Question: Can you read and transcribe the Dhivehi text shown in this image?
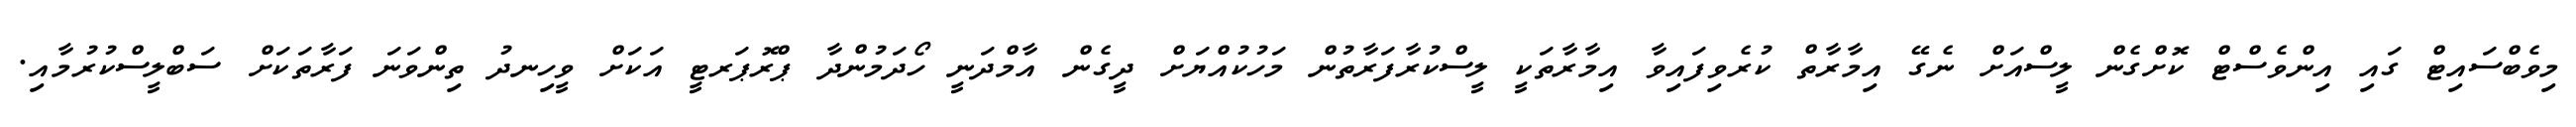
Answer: މިވެބްސައިޓް ގައި އިންވެސްޓް ކޮށްގެން ލީސްއަށް ނެގޭ އިމާރާތް ކުރެވިފައިވާ އިމާރާތަކީ ލީސްކުރާފަރާތުން މަހުކުއްޔަށް ދީގެން އާމްދަނީ ހޯދަމުންދާ ޕްރޮޕަރޓީ އަކަށް ވީހިނދު ތިންވަނަ ފަރާތަކަށް ސަބްލީސްކުރުމާއި.